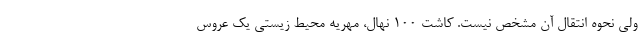
ولی نحوه انتقال آن مشخص نیست. کاشت 100 نهال، مهریه محیط زیستی یک عروس